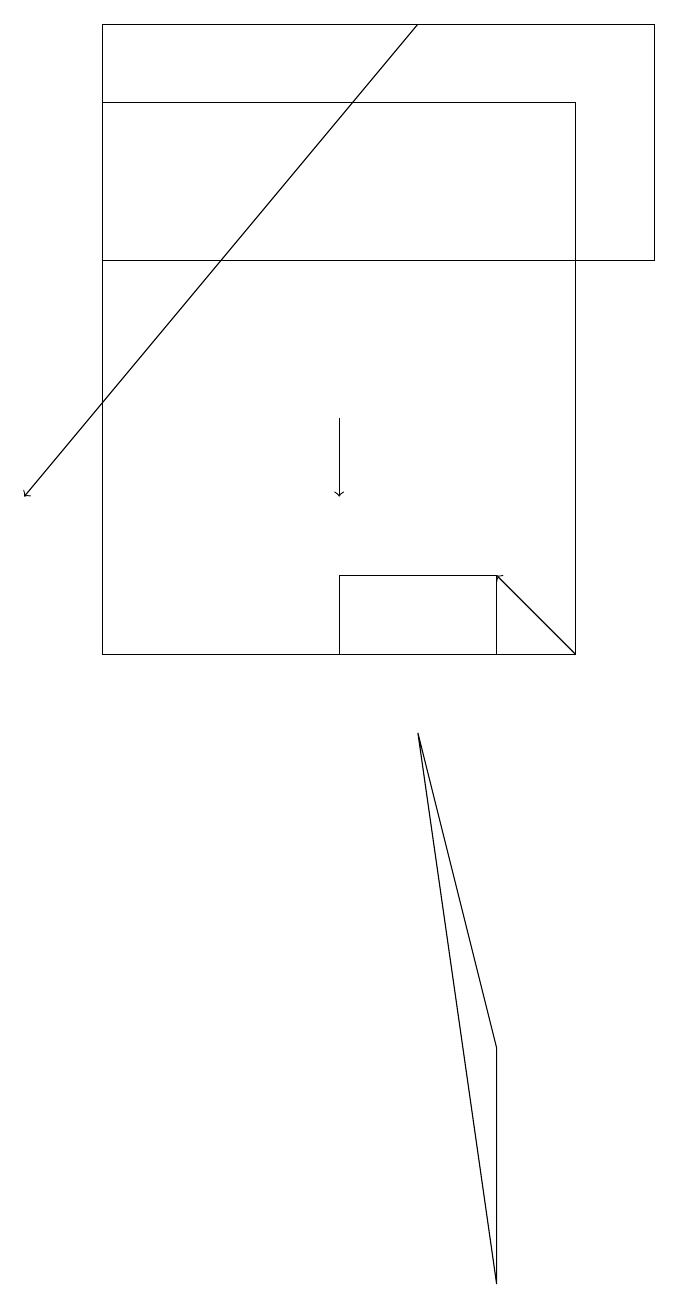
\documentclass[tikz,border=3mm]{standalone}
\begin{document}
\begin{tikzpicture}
\draw[->] (4,13) -- (4,12);
\draw (1,15) rectangle (8,18);
\draw[->] (7,10) -- (6,11);
\draw[->] (5,18) -- (0,12);
\draw (4,10) rectangle (6,11);
\draw (7,17) rectangle (1,10);
\draw (5,9) -- (6,5) -- (6,2) -- cycle;
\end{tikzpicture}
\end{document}